Civil Veterinary Department. United Provinces 1923-31 - 1923-1931
Year: 1923
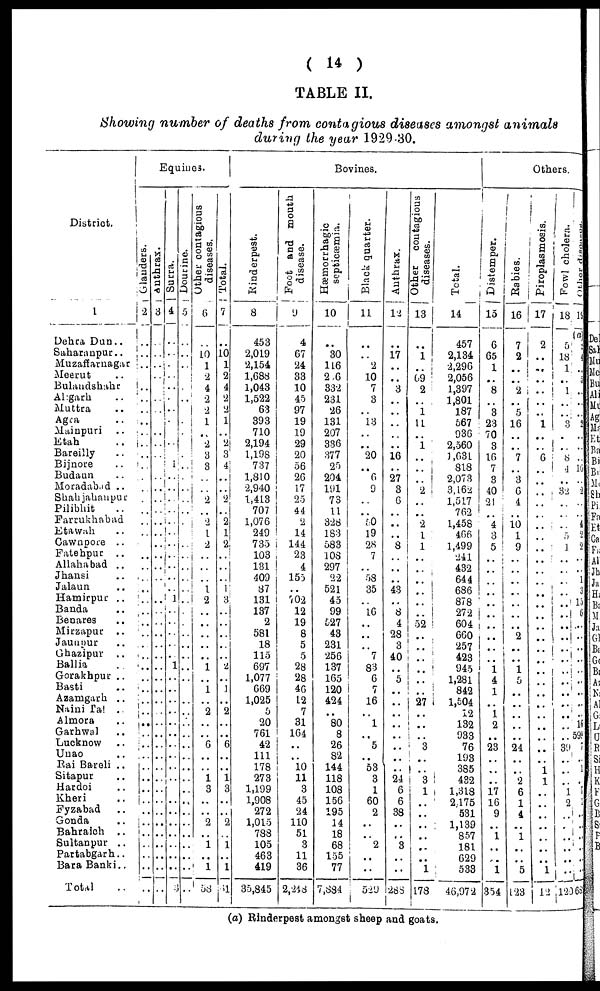
(14)
TABLE II.
Showing number of deaths from contagious diseases amongst animals
during the year 1929-30.
District.
1
Dehra Dun..
Saharanpur..
Muzaffarnagat
Meerut ..
Bulandshahr
Al:garh ..
Muttra ..
Agra ..
Mainpuri ..
Etah ..
Bareilly ..
Bijnore ..
Budaun ..
Moradabad ..
Shahjahanpur
Pilibhit ..
Farrukhabad
Etawah ..
Cawnpore ..
Fatehpur ..
Allahabad ..
Jhansi ..
Jalaun ..
Hamirpur ..
Banda ..
Benares ..
Mirzapur ..
Jaunpur ..
Ghazipur ..
Ballia ..
Gorakhpur ..
Basti ..
Azamgarh ..
Naini Tal ..
Almora ..
Garhwal ..
Lucknow ..
Unao ..
Rai Bareli ..
Sitapur ..
Hardoi ..
Kheri ..
Fyzabad ..
Gonda ..
Bahraich ..
Sultanpur ..
Partabgarh..
Bara Banki..
Total ..
Equines.
Glanders.
2
..
..
..
..
..
..
..
..
..
..
..
..
..
..
..
..
..
..
..
..
..
..
..
..
..
..
..
..
..
..
..
..
..
..
..
..
..
..
..
..
..
..
..
..
..
..
..
..
..
Anthrax.
3
..
..
..
..
..
..
..
..
..
..
..
..
..
..
..
..
..
..
..
..
..
..
..
..
..
..
..
..
..
..
..
..
..
..
..
..
..
..
..
..
..
..
..
..
....
..
..
..
..
Surra.
4
..
..
..
..
..
..
..
..
..
..
..
i
..
..
..
..
..
....
..
..
..
..
..
1
..
..
..
..
..
1
..
..
..
..
..
..
..
..
..
..
..
..
..
..
....
..
..
..
..
Dourine.
5
..
..
..
..
..
..
..
..
..
..
..
..
..
..
..
..
..
..
..
..
..
..
..
..
..
..
..
..
....
....
....
..
..
..
..
..
..
..
..
..
..
..
..
..
..
..
..
..
..
Other contagious
diseases.
6
..
10
1
2
4
2
2
1
..
2
3
3
..
..
2
..
2
1
2
..
..
..
1
2
..
..
..
..
..
1
..
1
..
2
..
..
6
..
..
1
3
..
..
2
..
1
..
1
58
Tot al .
7
..
10
1
2
4
2
2
1
..
2 3
4
..
..
2
..
2
1
2
..
..
..
1
3
..
..
..
..
..
2
..
1
..
2
..
..
6
..
..
1
3
..
..
2
..
1
1
41
Bovines.
Rinderpest.
8
453
2,019
2,154
1,688
1,043
1,522
63
393
710
2,194
1,198
737
1,810
2,940
1,413
707
1,076
249
735
103
131
409
87
131
137
2
581
18
115
697
1,077
669
1,025
5
20
761
42
111
178
273
1,199
1,908
272
1,015
788
105
463
419
35,845
Foot and mouth
disease.
9
4
67
24
33
10
45
97
19
19
29
20
56
26
17
25
44
2
14
144
23
4
155
..
702
12
19
8
5
5
28
28
46
12
7
31
164
..
10 11
3
45
24
110
51
3
11
36
2,248
Hæmorrhagic
septicæmia.
10
..
30
116
206
332
231
26
131
207
336
377
25
204
191
73
11
328
183
583
108
297
22
521
45
99
527
43
231
256
137
165
120
424
..
80
8
26
82
144
118
108
156
195
14
18
68
155
77
7,884
Black quarter.
11
..
..
2
10
7
3
..
13
..
..
20
..
6
9
..
..
60
19
28
7
..
58
35
..
16
..
..
..
7
83
6
7
16
..
1
..
5
..
53
3
1
60
2
..
..
2
..
..
529
Anthrax.
12
..
17
..
..
3
..
..
..
..
..
16
..
27
3
6
..
..
..
8
..
..
..
43
..
8
4
28
3
40
..
5
..
..
..
..
..
..
..
24
6
6
38
..
..
3
..
..
288
Other contagious
diseases.
13
..
1
..
69
2
..
1
11
..
1
....
..
..
2
..
..
2
1
1
..
..
..
..
..
..
52
..
..
..
..
..
..
27
..
..
..
3
..
..
3
1
..
..
..
..
..
..
1
178
Total.
14
457
2,134
2,296
2,056
1,397
1,801
187
567
936
2,560
1,631
818
2,073
3,162
1,517
762
1,458
466
1,499
241
432
644
686
878
272
604
660
257
423
945
1,281
842
1,504
12
132
933
76
193
385
432
1,318
2,175
531
1,139
857
181
629
533
46,972
Others.
Distemper.
15
6
65
1
..
8
..
3
23
70
3
16
7
3
40
21
..
4 3
5
..
..
..
..
..
..
..
..
..
..
i 4
1
..
1
2
..
23
..
..
..
17
16
9
..
1
..
..
i
354
Rabies.
16
7
2
..
..
2
..
5
16
..
..
7
..
3
6
4
..
10
1
9
..
..
..
..
..
..
..
2
..
..
1
5
..
..
....
....
..
24
..
..
2
6
1
4
..
i
..
..
5
123
Piroplasmosis.
17
2
..
..
..
..
..
..
1
..
....
6
..
..
..
..
..
..
..
..
..
..
..
..
..
..
..
..
...
..
..
..
..
..
..
..
..
..
1 1
..
..
..
..
..
..
..
1
12
Fowl cholera.
18
5
18
1
..
1
..
..
3
..
..
8
4
..
..
..
..
..
5
1
..
..
..
..
..
..
..
..
..
..
..
..
..
..
..
..
..
39
..
..
1
2
..
..
..
..
..
..
12
Other
disonsos.
19
(a)
4
5
..
..
2
..
..
..
10
..
2
..
..
i
2
0
..
..
1
3
15
6
...
..
..
..
..
..
..
..
..
16
599
1
..
1
..
7
1
..
..
..
..
..
689
(a) Rinderpest amongst sheep and goats.